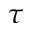
\tau